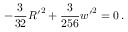
- \frac { 3 } { 3 2 } { R ^ { \prime } } ^ { 2 } + \frac { 3 } { 2 5 6 } { w ^ { \prime } } ^ { 2 } = 0 \, .